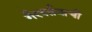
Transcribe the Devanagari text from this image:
गैरवर्तनाची